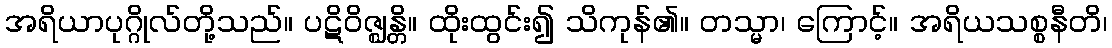
အရိယာပုဂ္ဂိုလ်တို့သည်။ ပဋိဝိဇ္ဈန္တိ။ ထိုးထွင်း၍ သိကုန်၏။ တသ္မာ၊ ကြောင့်။ အရိယသစ္စနီတိ၊